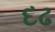
દઢ